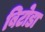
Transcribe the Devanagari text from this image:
बिटोडा